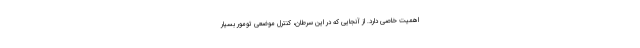
اهمیت خاصی دارد. از آنجایی که در این سرطان، کنترلِ موضعی تومور بسیار